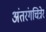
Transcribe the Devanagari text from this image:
अंतरंगचित्रेरं